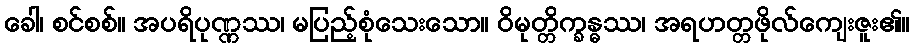
ခေါ၊ စင်စစ်။ အပရိပုဏ္ဏဿ၊ မပြည့်စုံသေးသော။ ဝိမုတ္တိက္ခန္ဓဿ၊ အရဟတ္တဖိုလ်ကျေးဇူး၏။